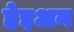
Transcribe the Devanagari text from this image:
हेइअन